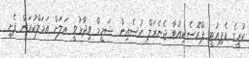
ކުރީގެ ޑެޕިއުޓީ ޕްރޮސެކިއުޓާ ޖެނެރަލް ހުސެއިން ޝަމީމް ވިދާޅުވީ އަލަށް އަމަލްކުރަން ފެށި